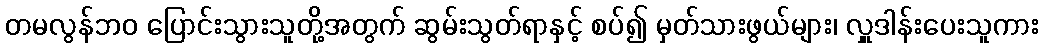
တမလွန်ဘဝ ပြောင်းသွားသူတို့အတွက် ဆွမ်းသွတ်ရာနှင့် စပ်၍ မှတ်သားဖွယ်များ၊ လှူဒါန်းပေးသူကား